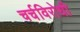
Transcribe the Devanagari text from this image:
चर्चविरोधी